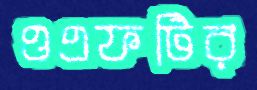
ওএফটির